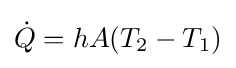
{\dot {Q}}=hA(T_{2}-T_{1})